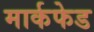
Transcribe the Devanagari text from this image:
मार्कफेड